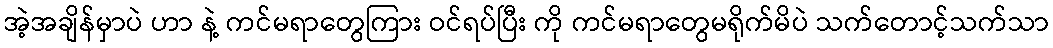
အဲ့အချိန်မှာပဲ ဟာ နဲ့ ကင်မရာတွေကြား ဝင်ရပ်ပြီး ကို ကင်မရာတွေမရိုက်မိပဲ သက်တောင့်သက်သာ